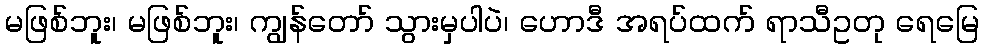
မဖြစ်ဘူး၊ မဖြစ်ဘူး၊ ကျွန်တော် သွားမှပါပဲ၊ ဟောဒီ အရပ်ထက် ရာသီဥတု ရေမြေ